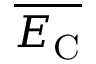
\overline { { E _ { \mathrm { C } } } }